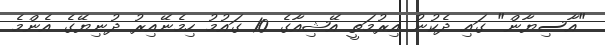
"އާސިޔާން" ގައި ދެކުނު އިރުމަތީ އޭޝިއާގެ 10 ގައުމު ހިމެނޭއިރު ދުނިޔޭގެ އެންމެ